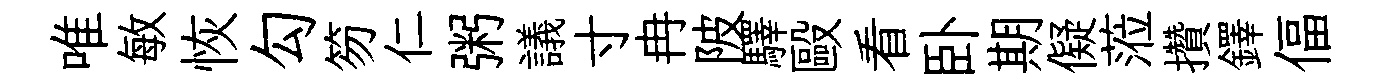
唯敏恢勾笏仁粥議寸冉陂驛毆看卧期儗蒞攢鐸偪